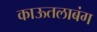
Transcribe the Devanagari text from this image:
काऊतलाबंग